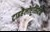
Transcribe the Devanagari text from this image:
ट्राइहैलोएसिटिक